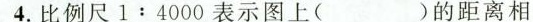
4.比例尺1:4000表示图上( )的距离相